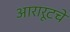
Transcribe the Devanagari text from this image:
आरारूटचे